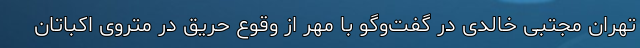
تهران مجتبی خالدی در گفت‌وگو با مهر از وقوع حریق در متروی اکباتان